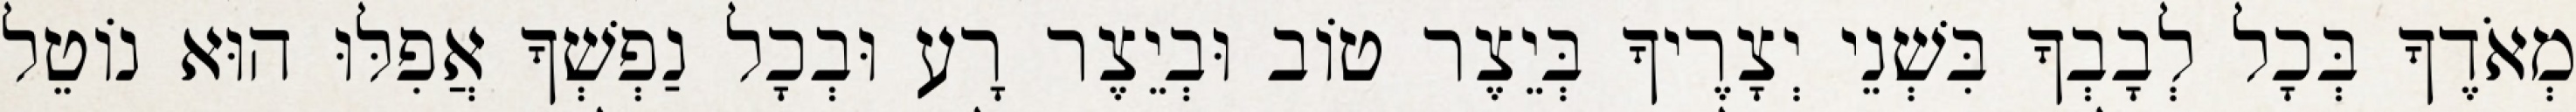
מְאֹדֶךָ בְּכָל לְבָבְךָ בִּשְׁנֵי יְצָרֶיךָ בְּיֵצֶר טוֹב וּבְיֵצֶר רָע וּבְכָל נַפְשְׁךָ אֲפִלּוּ הוּא נוֹטֵל